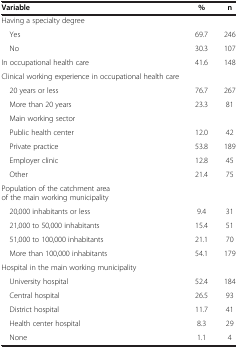
<table><thead><tr><td><b>Variable</b></td><td><b>%</b></td><td><b>n</b></td></tr></thead><tbody><tr><td>Having a specialty degree</td><td> </td><td> </td></tr><tr><td> Yes</td><td>69.7</td><td>246</td></tr><tr><td> No</td><td>30.3</td><td>107</td></tr><tr><td>In occupational health care</td><td>41.6</td><td>148</td></tr><tr><td>Clinical working experience in occupational health care</td><td> </td><td> </td></tr><tr><td> 20 years or less</td><td>76.7</td><td>267</td></tr><tr><td> More than 20 years</td><td>23.3</td><td>81</td></tr><tr><td> Main working sector</td><td> </td><td> </td></tr><tr><td> Public health center</td><td>12.0</td><td>42</td></tr><tr><td> Private practice</td><td>53.8</td><td>189</td></tr><tr><td> Employer clinic</td><td>12.8</td><td>45</td></tr><tr><td> Other</td><td>21.4</td><td>75</td></tr><tr><td>Population of the catchment area of the main working municipality</td><td> </td><td> </td></tr><tr><td> 20,000 inhabitants or less</td><td>9.4</td><td>31</td></tr><tr><td> 21,000 to 50,000 inhabitants</td><td>15.4</td><td>51</td></tr><tr><td> 51,000 to 100,000 inhabitants</td><td>21.1</td><td>70</td></tr><tr><td> More than 100,000 inhabitants</td><td>54.1</td><td>179</td></tr><tr><td>Hospital in the main working municipality</td><td> </td><td> </td></tr><tr><td> University hospital</td><td>52.4</td><td>184</td></tr><tr><td> Central hospital</td><td>26.5</td><td>93</td></tr><tr><td> District hospital</td><td>11.7</td><td>41</td></tr><tr><td> Health center hospital</td><td>8.3</td><td>29</td></tr><tr><td> None</td><td>1.1</td><td>4</td></tr></tbody></table>